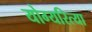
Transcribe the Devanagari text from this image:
योग्यरित्या